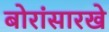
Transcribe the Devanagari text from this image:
बोरांसारखे